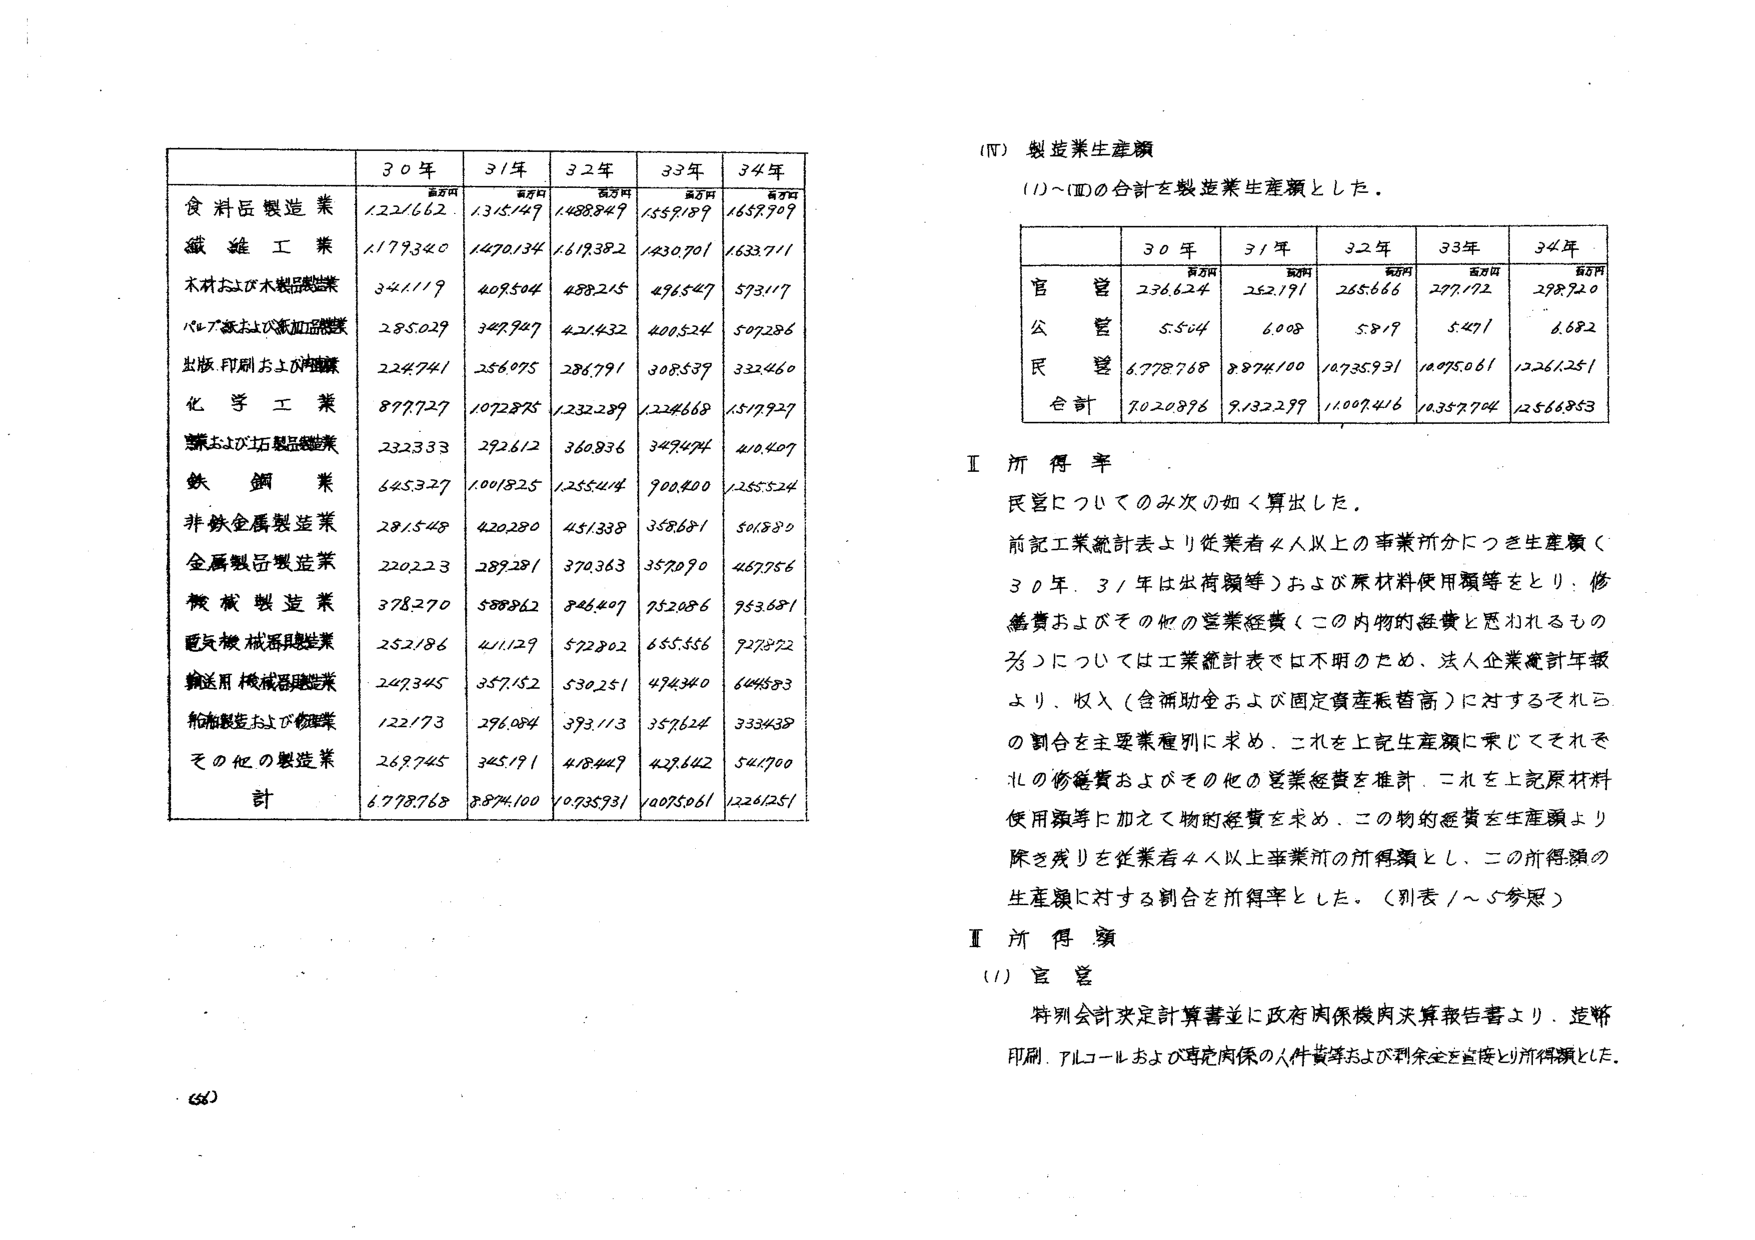
(Ⅳ) 製造業生産額
(1)～(Ⅲ)の合計を製造業生産額とした。

|       | 30年     | 31年     | 32年     | 33年     | 34年     |
|-------|----------|----------|----------|----------|----------|
| 官営  | 236,624  | 252,171  | 265,666  | 277,172  | 278,720  |
| 公営  | 5,544    | 6,008    | 5,919    | 5,471    | 6,682    |
| 民営  | 6,778,768| 8,874,100| 10,075,931| 10,075,061| 12,261,251|
| 合計  | 7,020,936| 9,132,279| 11,007,416| 10,357,704| 12,566,853|

Ⅰ 所得率
民営についてのみ次の如く算出した。
前記工業統計表より従業者4人以上の事業所分につき生産額（30年、31年は出荷額等）および原材料使用額等をとり、修繕費およびその他の営業経費（この内物的経費と思われるもの）については工業統計表では不明のため、法人企業統計年報より、収入（含補助金および固定資産帳面高）に対するそれらの割合を主要業種別に求め、これを上記生産額に乗じてそれそれの修繕費およびその他の営業経費を推計、これを上記原材料使用額等に加えて物的経費を求め、この物的経費を生産額より除き残りを従業者4人以上事業所の所得額とし、この所得額の生産額に対する割合を所得率とした。（別表1～5参照）

Ⅱ 所得額
(1) 官営
特別会計決定計算書並に政府内保機内決算報告書より、造幣印刷、アルコールおよび専売関係の人件費等および剰余金を直接とり所得額とした。

（表）

|               | 30年     | 31年     | 32年     | 33年     | 34年     |
|---------------|----------|----------|----------|----------|----------|
| 食料品製造業 | 1,221,662| 1,315,147| 1,488,847| 1,559,189| 1,657,909|
| 繊維工業     | 1,179,340| 1,470,134| 1,619,382| 1,830,701| 1,633,711|
| 木材および木製品製造業 | 341,119 | 409,504 | 488,215 | 476,547 | 573,117 |
| ペーパーおよび紙加工品製造業 | 285,029 | 349,947 | 421,432 | 400,524 | 507,286 |
| 出版、印刷および複写業 | 224,741 | 256,075 | 286,791 | 308,539 | 332,460 |
| 化学工業     | 897,727  | 1,072,875| 1,232,289| 1,224,668| 1,517,927|
| 陶磁器および石製品製造業 | 232,333 | 272,612 | 360,836 | 347,474 | 410,407 |
| 鉄鋼業       | 645,327  | 1,001,825| 1,255,414| 900,400 | 1,265,524|
| 非鉄金属製造業 | 281,548 | 420,280 | 451,338 | 358,681 | 501,880 |
| 金属製品製造業 | 220,223 | 289,281 | 370,363 | 357,090 | 467,756 |
| 機械製造業   | 378,270  | 588,862 | 846,407 | 752,086 | 953,681 |
| 電気機械器具製造業 | 252,186 | 411,129 | 572,802 | 655,556 | 927,872 |
| 輸送用機械器具製造業 | 247,345 | 357,152 | 530,251 | 474,340 | 644,583 |
| 船舶製造および修理業 | 122,173 | 296,084 | 393,113 | 357,624 | 333,438 |
| その他の製造業 | 269,745 | 345,171 | 418,447 | 428,642 | 541,700 |
| 計           | 6,778,768| 8,874,100| 10,075,931| 10,075,061| 12,261,251|